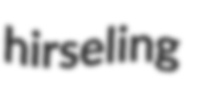
hirseling